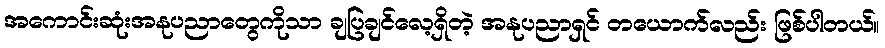
အကောင်းဆုံးအနုပညာတွေကိုသာ ချပြချင်လေ့ရှိတဲ့ အနုပညာရှင် တယောက်လည်း ဖြစ်ပါတယ်။